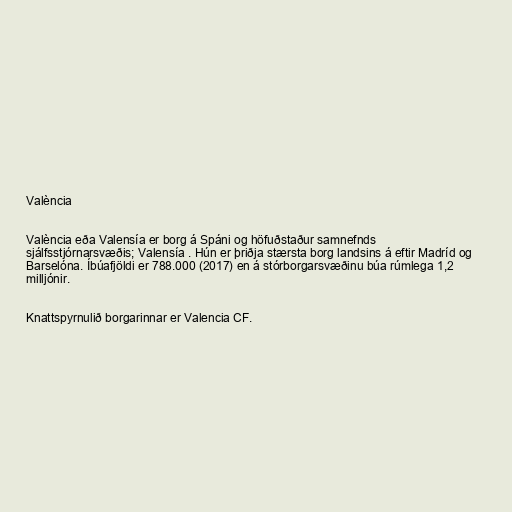
València

València eða Valensía er borg á Spáni og höfuðstaður samnefnds
sjálfsstjórnarsvæðis; Valensía . Hún er þriðja stærsta borg landsins á eftir Madríd og
Barselóna. Íbúafjöldi er 788.000 (2017) en á stórborgarsvæðinu búa rúmlega 1,2
milljónir.

Knattspyrnulið borgarinnar er Valencia CF.